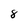
Character: 8